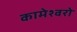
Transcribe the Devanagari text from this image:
कामेश्वरो